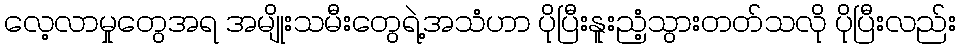
လေ့လာမှုတွေအရ အမျိုးသမီးတွေရဲ့အသံဟာ ပိုပြီးနူးညံ့သွားတတ်သလို ပိုပြီးလည်း